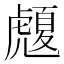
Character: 𧈄